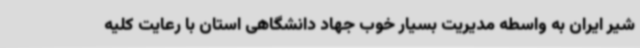
شیر ایران به واسطه مدیریت بسیار خوب جهاد دانشگاهی استان با رعایت کلیه